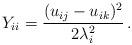
LaTeX: \begin{align*}Y_{ii}=\frac{(u_{ij}-u_{ik})^2}{2\lambda^2_i}\,.\end{align*}